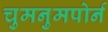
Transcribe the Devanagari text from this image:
चुमनुमपोर्न